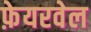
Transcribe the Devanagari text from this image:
फ़ेयरवेल